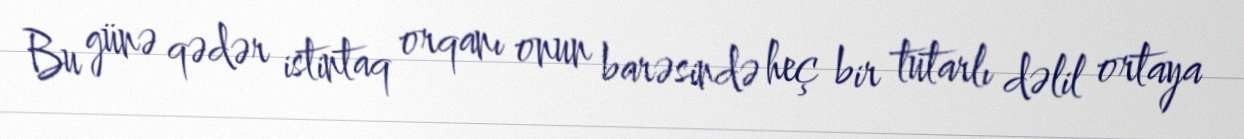
Bu günə qədər istintaq orqanı onun barəsində heç bir tutarlı dəlil ortaya